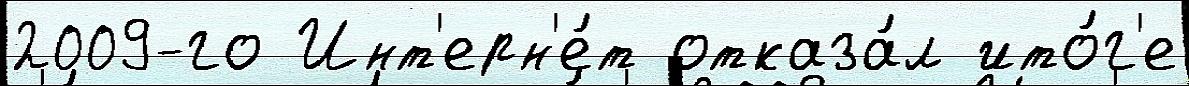
2009-го Инт'ерн'е́т отказа́л ито́г'е